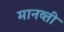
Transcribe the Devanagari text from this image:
मानव्ती